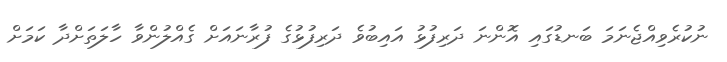
ނުކުރެވިއްޖެނަމަ ބަނޑުގައި އޮންނަ ދަރިފުޅު އައިބުވެ ދަރިފުޅުގެ ފުރާނައަށް ގެއްލުންވާ ހާލަތަށްދާ ކަމަށް